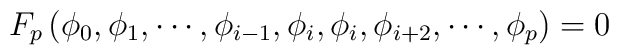
F_p \left (\phi_0, \phi_1, \cdots, \phi_{i-1}, \phi_i, \phi_i,\phi_{i+2}, \cdots, \phi_p \right ) = 0